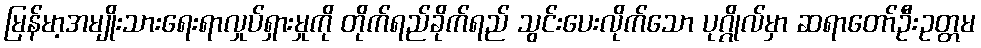
မြန်မာ့အမျိုးသားရေးရာလှုပ်ရှားမှုကို တိုက်ရည်ခိုက်ရည် သွင်းပေးလိုက်သော ပုဂ္ဂိုလ်မှာ ဆရာတော်ဦးဥတ္တမ